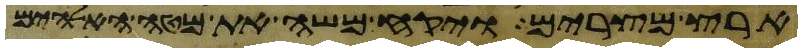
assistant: ארץ מצרים ויקח משה את מטה האלהים